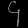
Digit: ၄